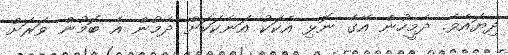
ދިޔައެވެ. ދެމީހުން އޭގެ ނޮޅި އެކަކު އަނެކަކަށް ދެމުން އެ ބޮމުން ވަރަށް